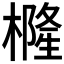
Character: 𭬇